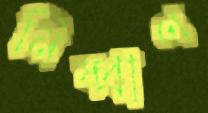
নিষ্প্রাণ